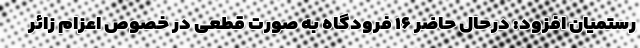
رستمیان افزود: درحال حاضر ۱۶ فرودگاه به صورت قطعی در خصوص اعزام زائر